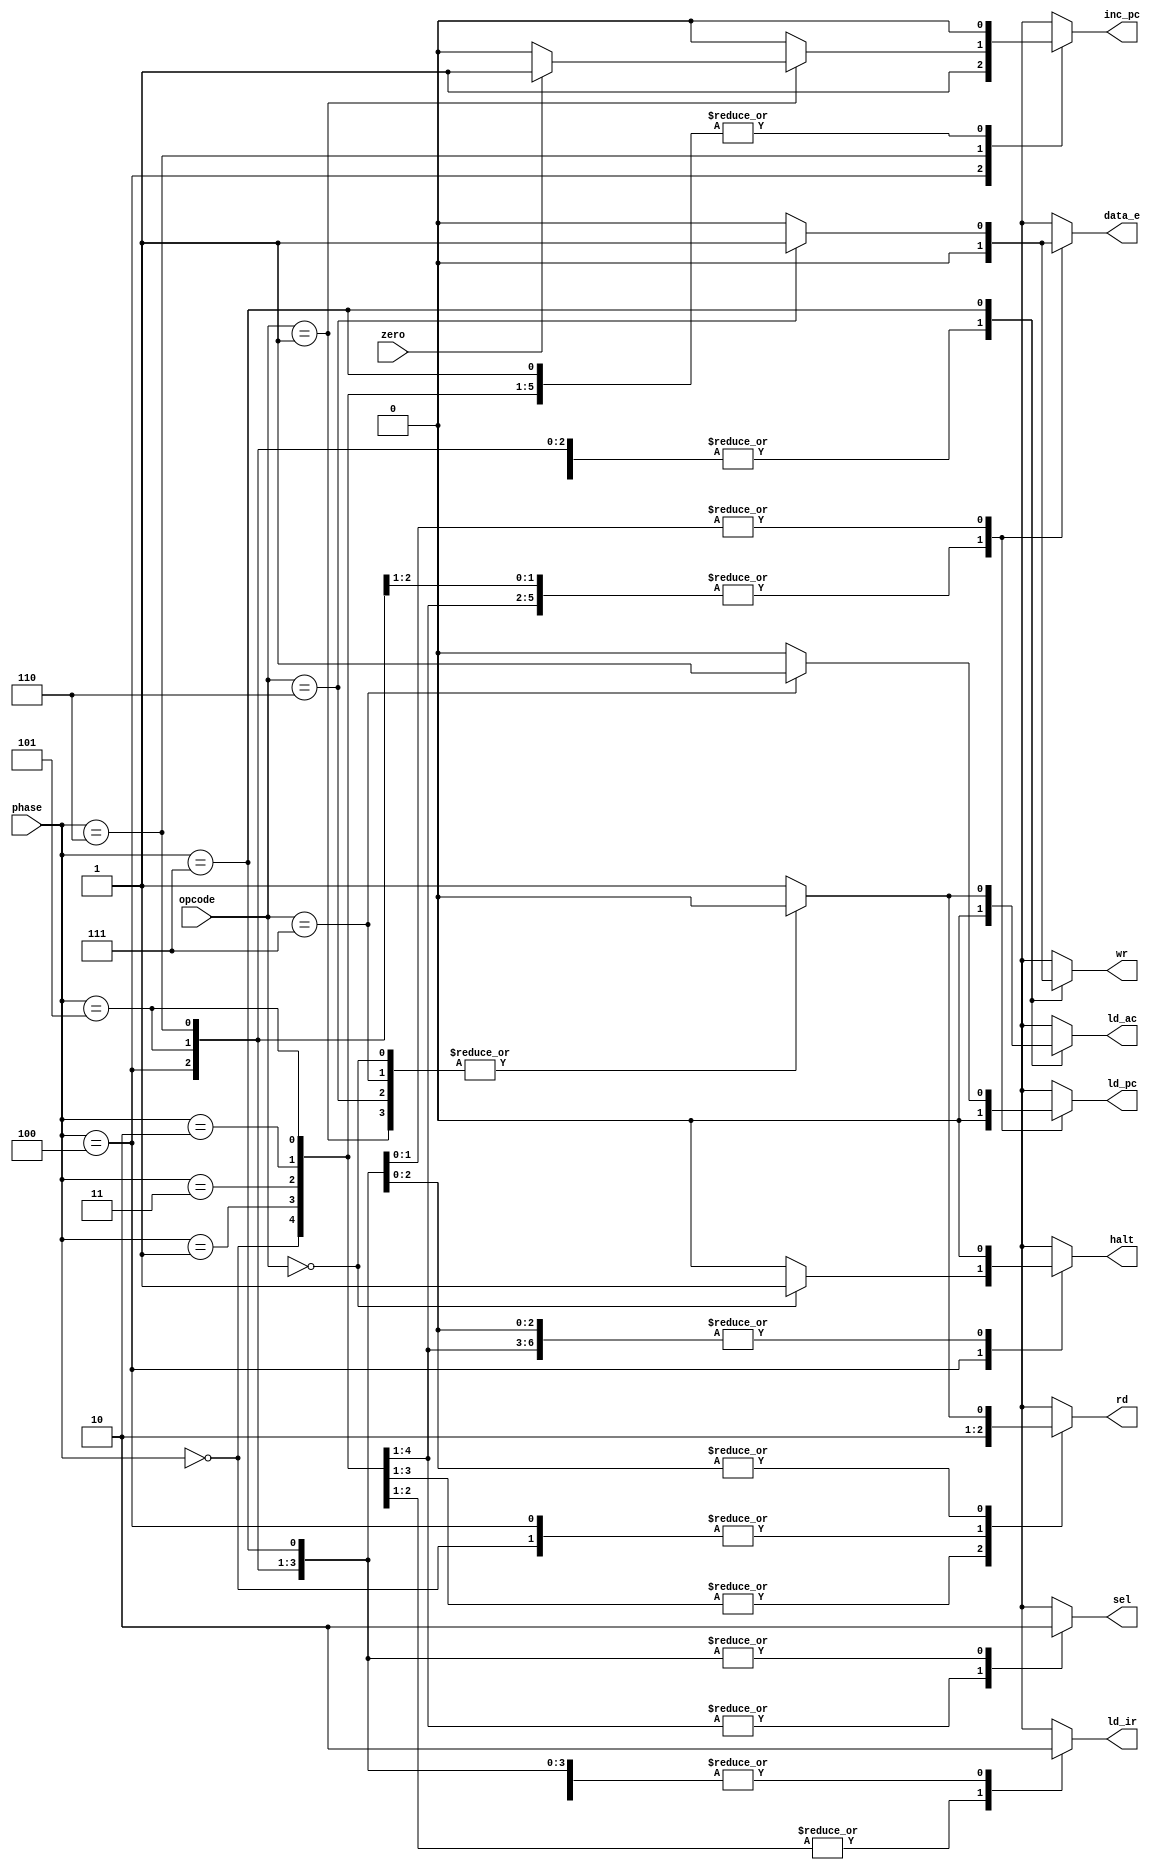
module controller
  (input wire [2:0] phase, opcode,
   input wire zero,
   output reg sel, rd, ld_ir, inc_pc, halt, ld_pc, data_e, ld_ac, wr);

   reg [4:0] terms; // HAZJS
   reg [8:0] flags; 
      
   always @*
     begin
        terms = 5'b0;
        flags = 9'b0;
	case (opcode)
	  0: terms[4] = 1'b1;
	  1: if (zero) terms[2] = 1'b1;
	  6: terms[0] = 1'b1;
	  7: terms[1] = 1'b1;
	  default terms[3] = 1'b1;
	endcase // case (opcode)

	case (phase)
	  0: flags[8] = 1'b1;
	  1: begin
	       flags[8] = 1'b1;
	       flags[7] = 1'b1;
	     end
	  2,3: begin
	     flags[8] = 1'b1;
	     flags[7] = 1'b1;
	     flags[6] = 1'b1;
	  end
	  4: begin
	     flags[5] = 1;
	     flags[4] = terms[4];
	  end
	  5: flags[7] = terms[3];
	  6: begin
	     flags[7] = terms[3];
	     flags[5] = terms[2];
	     flags[3] = terms[1];
	     flags[2] = terms[0];
	  end
	  7: begin
	     flags[7] = terms[3];
	     flags[3] = terms[1];
	     flags[2] = terms[0];
	     flags[1] = terms[3];
	     flags[0] = terms[0];
	  end
	endcase // case (phase)
	{sel, rd, ld_ir, inc_pc, halt, ld_pc, data_e, ld_ac, wr} = flags;
     end
endmodule